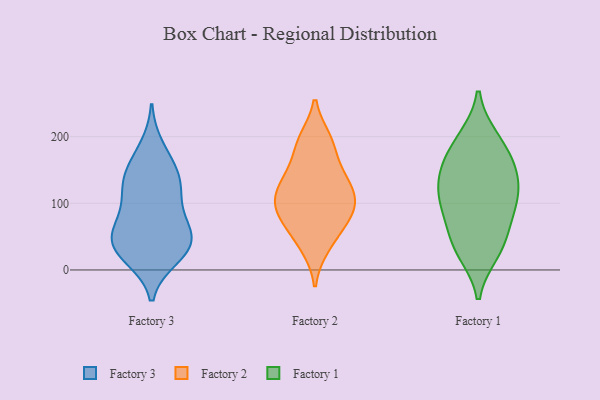
{"axis": {"x": "Headcount", "y": "Value"}, "legend": ["Factory 1", "Factory 2", "Factory 3"], "data": [{"x": "", "y": 46, "type": "Factory 3"}, {"x": "", "y": 99, "type": "Factory 3"}, {"x": "", "y": 159, "type": "Factory 3"}, {"x": "", "y": 184, "type": "Factory 3"}, {"x": "", "y": 66, "type": "Factory 3"}, {"x": "", "y": 19, "type": "Factory 3"}, {"x": "", "y": 144, "type": "Factory 3"}, {"x": "", "y": 40, "type": "Factory 3"}, {"x": "", "y": 75, "type": "Factory 3"}, {"x": "", "y": 118, "type": "Factory 3"}, {"x": "", "y": 43, "type": "Factory 3"}, {"x": "", "y": 54, "type": "Factory 3"}, {"x": "", "y": 22, "type": "Factory 3"}, {"x": "", "y": 29, "type": "Factory 3"}, {"x": "", "y": 133, "type": "Factory 3"}, {"x": "", "y": 128, "type": "Factory 3"}, {"x": "", "y": 116, "type": "Factory 2"}, {"x": "", "y": 138, "type": "Factory 2"}, {"x": "", "y": 35, "type": "Factory 2"}, {"x": "", "y": 88, "type": "Factory 2"}, {"x": "", "y": 82, "type": "Factory 2"}, {"x": "", "y": 114, "type": "Factory 2"}, {"x": "", "y": 96, "type": "Factory 2"}, {"x": "", "y": 195, "type": "Factory 2"}, {"x": "", "y": 189, "type": "Factory 2"}, {"x": "", "y": 59, "type": "Factory 2"}, {"x": "", "y": 147, "type": "Factory 2"}, {"x": "", "y": 157, "type": "Factory 1"}, {"x": "", "y": 27, "type": "Factory 1"}, {"x": "", "y": 95, "type": "Factory 1"}, {"x": "", "y": 197, "type": "Factory 1"}, {"x": "", "y": 38, "type": "Factory 1"}, {"x": "", "y": 194, "type": "Factory 1"}, {"x": "", "y": 106, "type": "Factory 1"}, {"x": "", "y": 125, "type": "Factory 1"}, {"x": "", "y": 69, "type": "Factory 1"}, {"x": "", "y": 95, "type": "Factory 1"}, {"x": "", "y": 163, "type": "Factory 1"}, {"x": "", "y": 126, "type": "Factory 1"}, {"x": "", "y": 151, "type": "Factory 1"}, {"x": "", "y": 35, "type": "Factory 1"}]}